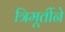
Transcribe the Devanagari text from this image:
त्रिमूर्तीने